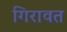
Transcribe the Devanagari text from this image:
गिरावत